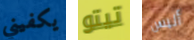
يكفيني تيتو أليس